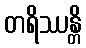
တရိဿန္တိ